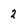
Character: 2